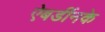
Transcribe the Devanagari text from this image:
ऐबर्डीनके